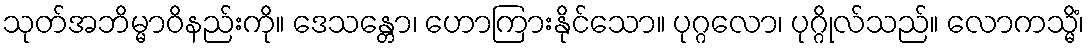
သုတ်အဘိမ္မာဝိနည်းကို။ ဒေသန္တော၊ ဟောကြားနိုင်သော။ ပုဂ္ဂလော၊ ပုဂ္ဂိုလ်သည်။ လောကသ္မိံ၊